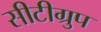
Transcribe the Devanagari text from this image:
सीटीग्रुप